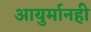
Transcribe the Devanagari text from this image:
आयुर्मानही